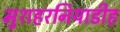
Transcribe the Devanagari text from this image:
मुशहरनियाडीह